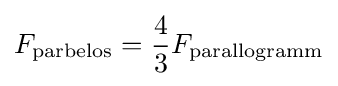
F_{\text{parbelos}}={\frac {4}{3}}F_{\text{parallogramm}}